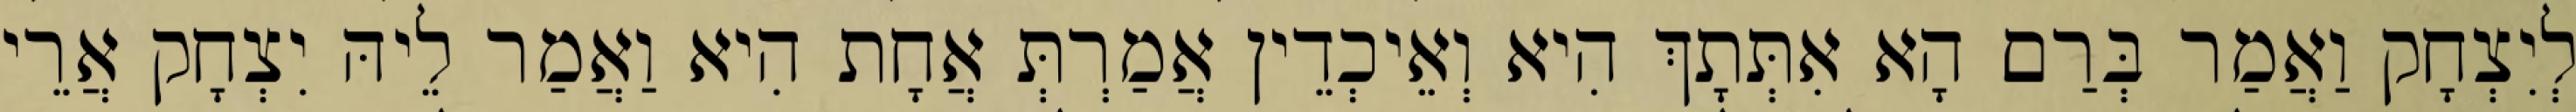
לְיִצְחָק וַאֲמַר בְּרַם הָא אִתְּתָךְ הִיא וְאֵיכְדֵין אֲמַרְתְּ אֲחָת הִיא וַאֲמַר לֵיהּ יִצְחָק אֲרֵי